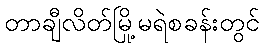
တာချီလိတ်မြို့မရဲစခန်းတွင်